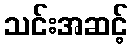
သင်းအဆင့်